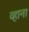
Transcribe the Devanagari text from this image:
व्हाना